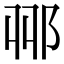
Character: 𨚾